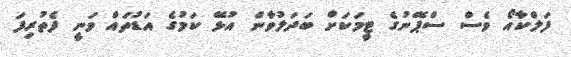
ފަލްކާއޯ ވެސް ސްޕޭނުގެ ޓީމަކަށް ބަދަލުވާން އުޅޭ ކަމުގެ އަޑުތައް ވަނީ ފެތުރިފަ